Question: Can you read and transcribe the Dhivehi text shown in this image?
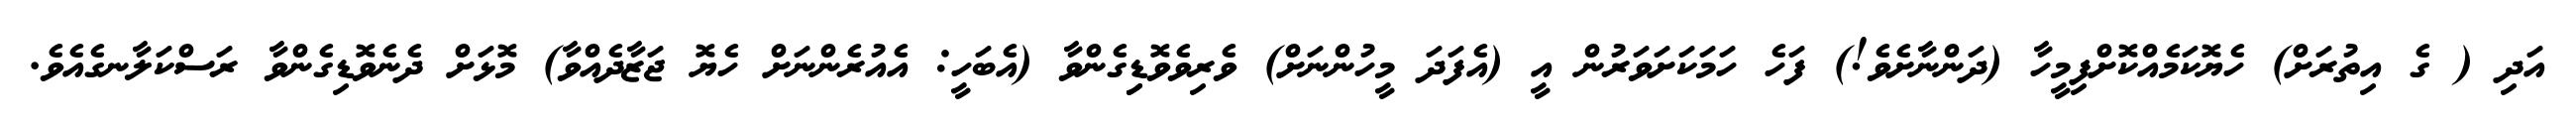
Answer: އަދި ( ގެ އިތުރަށް) ހެޔޮކަމެއްކޮށްފިމީހާ (ދަންނާށެވެ!) ފަހެ ހަމަކަށަވަރުން އީ (އެފަދަ މީހުންނަށް) ވެރިވެވޮޑިިގެންވާ (އެބަހީ: އެއުރެންނަށް ހެޔޮ ޖަޒާދެއްވާ) މޮޅަށް ދެނެވޮޑިގެންވާ ރަސްކަލާނގެއެވެ.